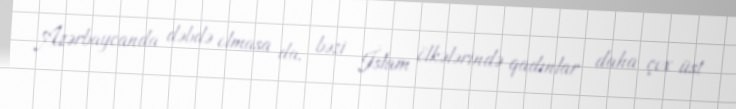
Azərbaycanda dəbdə olmasa da, bəzi İslam ölkələrində qadınlar daha çox üst